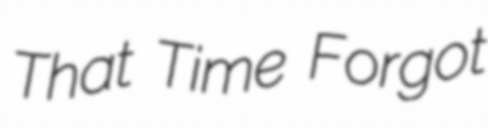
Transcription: That Time Forgot